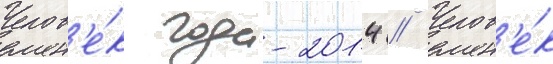
Челов'е́к года-2014 // Челов'е́к